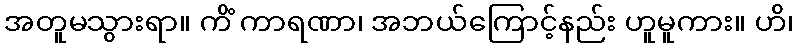
အတူမသွားရာ။ ကိံ ကာရဏာ၊ အဘယ်ကြောင့်နည်း ဟူမူကား။ ဟိ၊